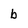
Character: b